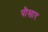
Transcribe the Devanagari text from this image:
पौसार